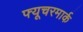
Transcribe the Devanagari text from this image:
फ्यूचरमार्क